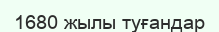
1680 жылы туғандар